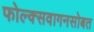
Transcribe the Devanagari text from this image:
फोल्क्सवागनसोबत